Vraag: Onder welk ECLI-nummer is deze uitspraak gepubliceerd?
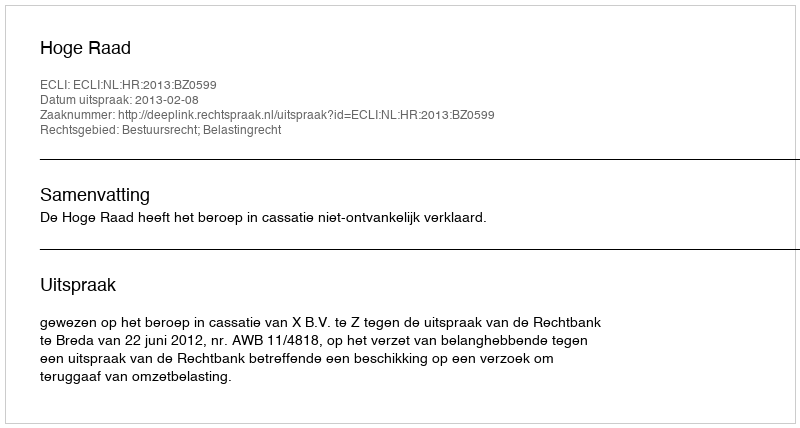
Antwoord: ECLI:NL:HR:2013:BZ0599